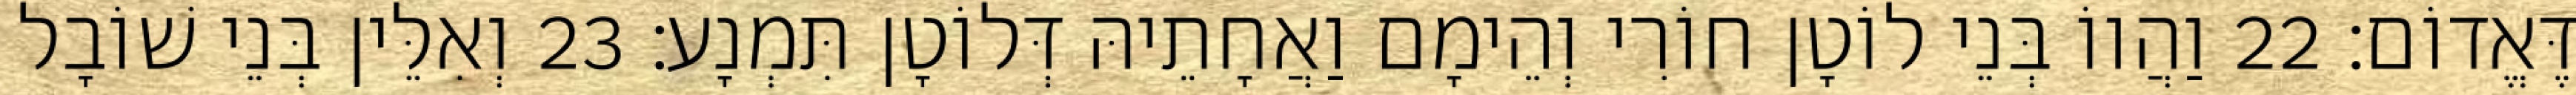
דֶּאֱדוֹם׃ 22 וַהֲווֹ בְּנֵי לוֹטָן חוֹרִי וְהֵימָם וַאֲחָתֵיהּ דְּלוֹטָן תִּמְנָע׃ 23 וְאִלֵּין בְּנֵי שׁוֹבָל